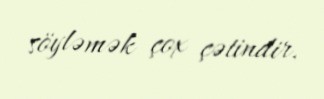
söyləmək çox çətindir.